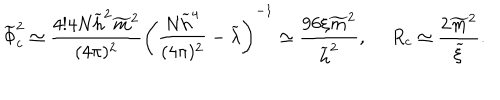
\widetilde { \Phi } _ { c } ^ { 2 } \simeq \frac { 4 ! 4 N \widetilde { h } ^ { 2 } \widetilde { m } ^ { 2 } } { ( 4 \pi ) ^ { 2 } } \left( \frac { N \widetilde { h } ^ { 4 } } { ( 4 \pi ) ^ { 2 } } - \widetilde { \lambda } \right) ^ { - 1 } \simeq \frac { 9 6 \xi \widetilde { m } ^ { 2 } } { \widetilde { h } ^ { 2 } } , \ R _ { c } \simeq \frac { 2 \widetilde { m } ^ { 2 } } { \widetilde { \xi } } .